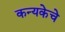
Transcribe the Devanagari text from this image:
कन्यकेचे